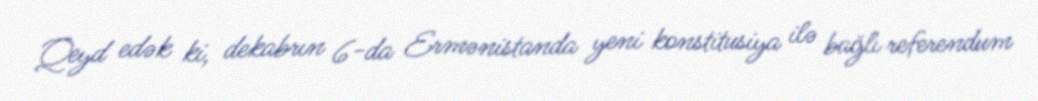
Qeyd edək ki, dekabrın 6-da Ermənistanda yeni konstitusiya ilə bağlı referendum